65_HS1-834228961_62-HQ-83894_Section_6
Agency: FBI
Page 57
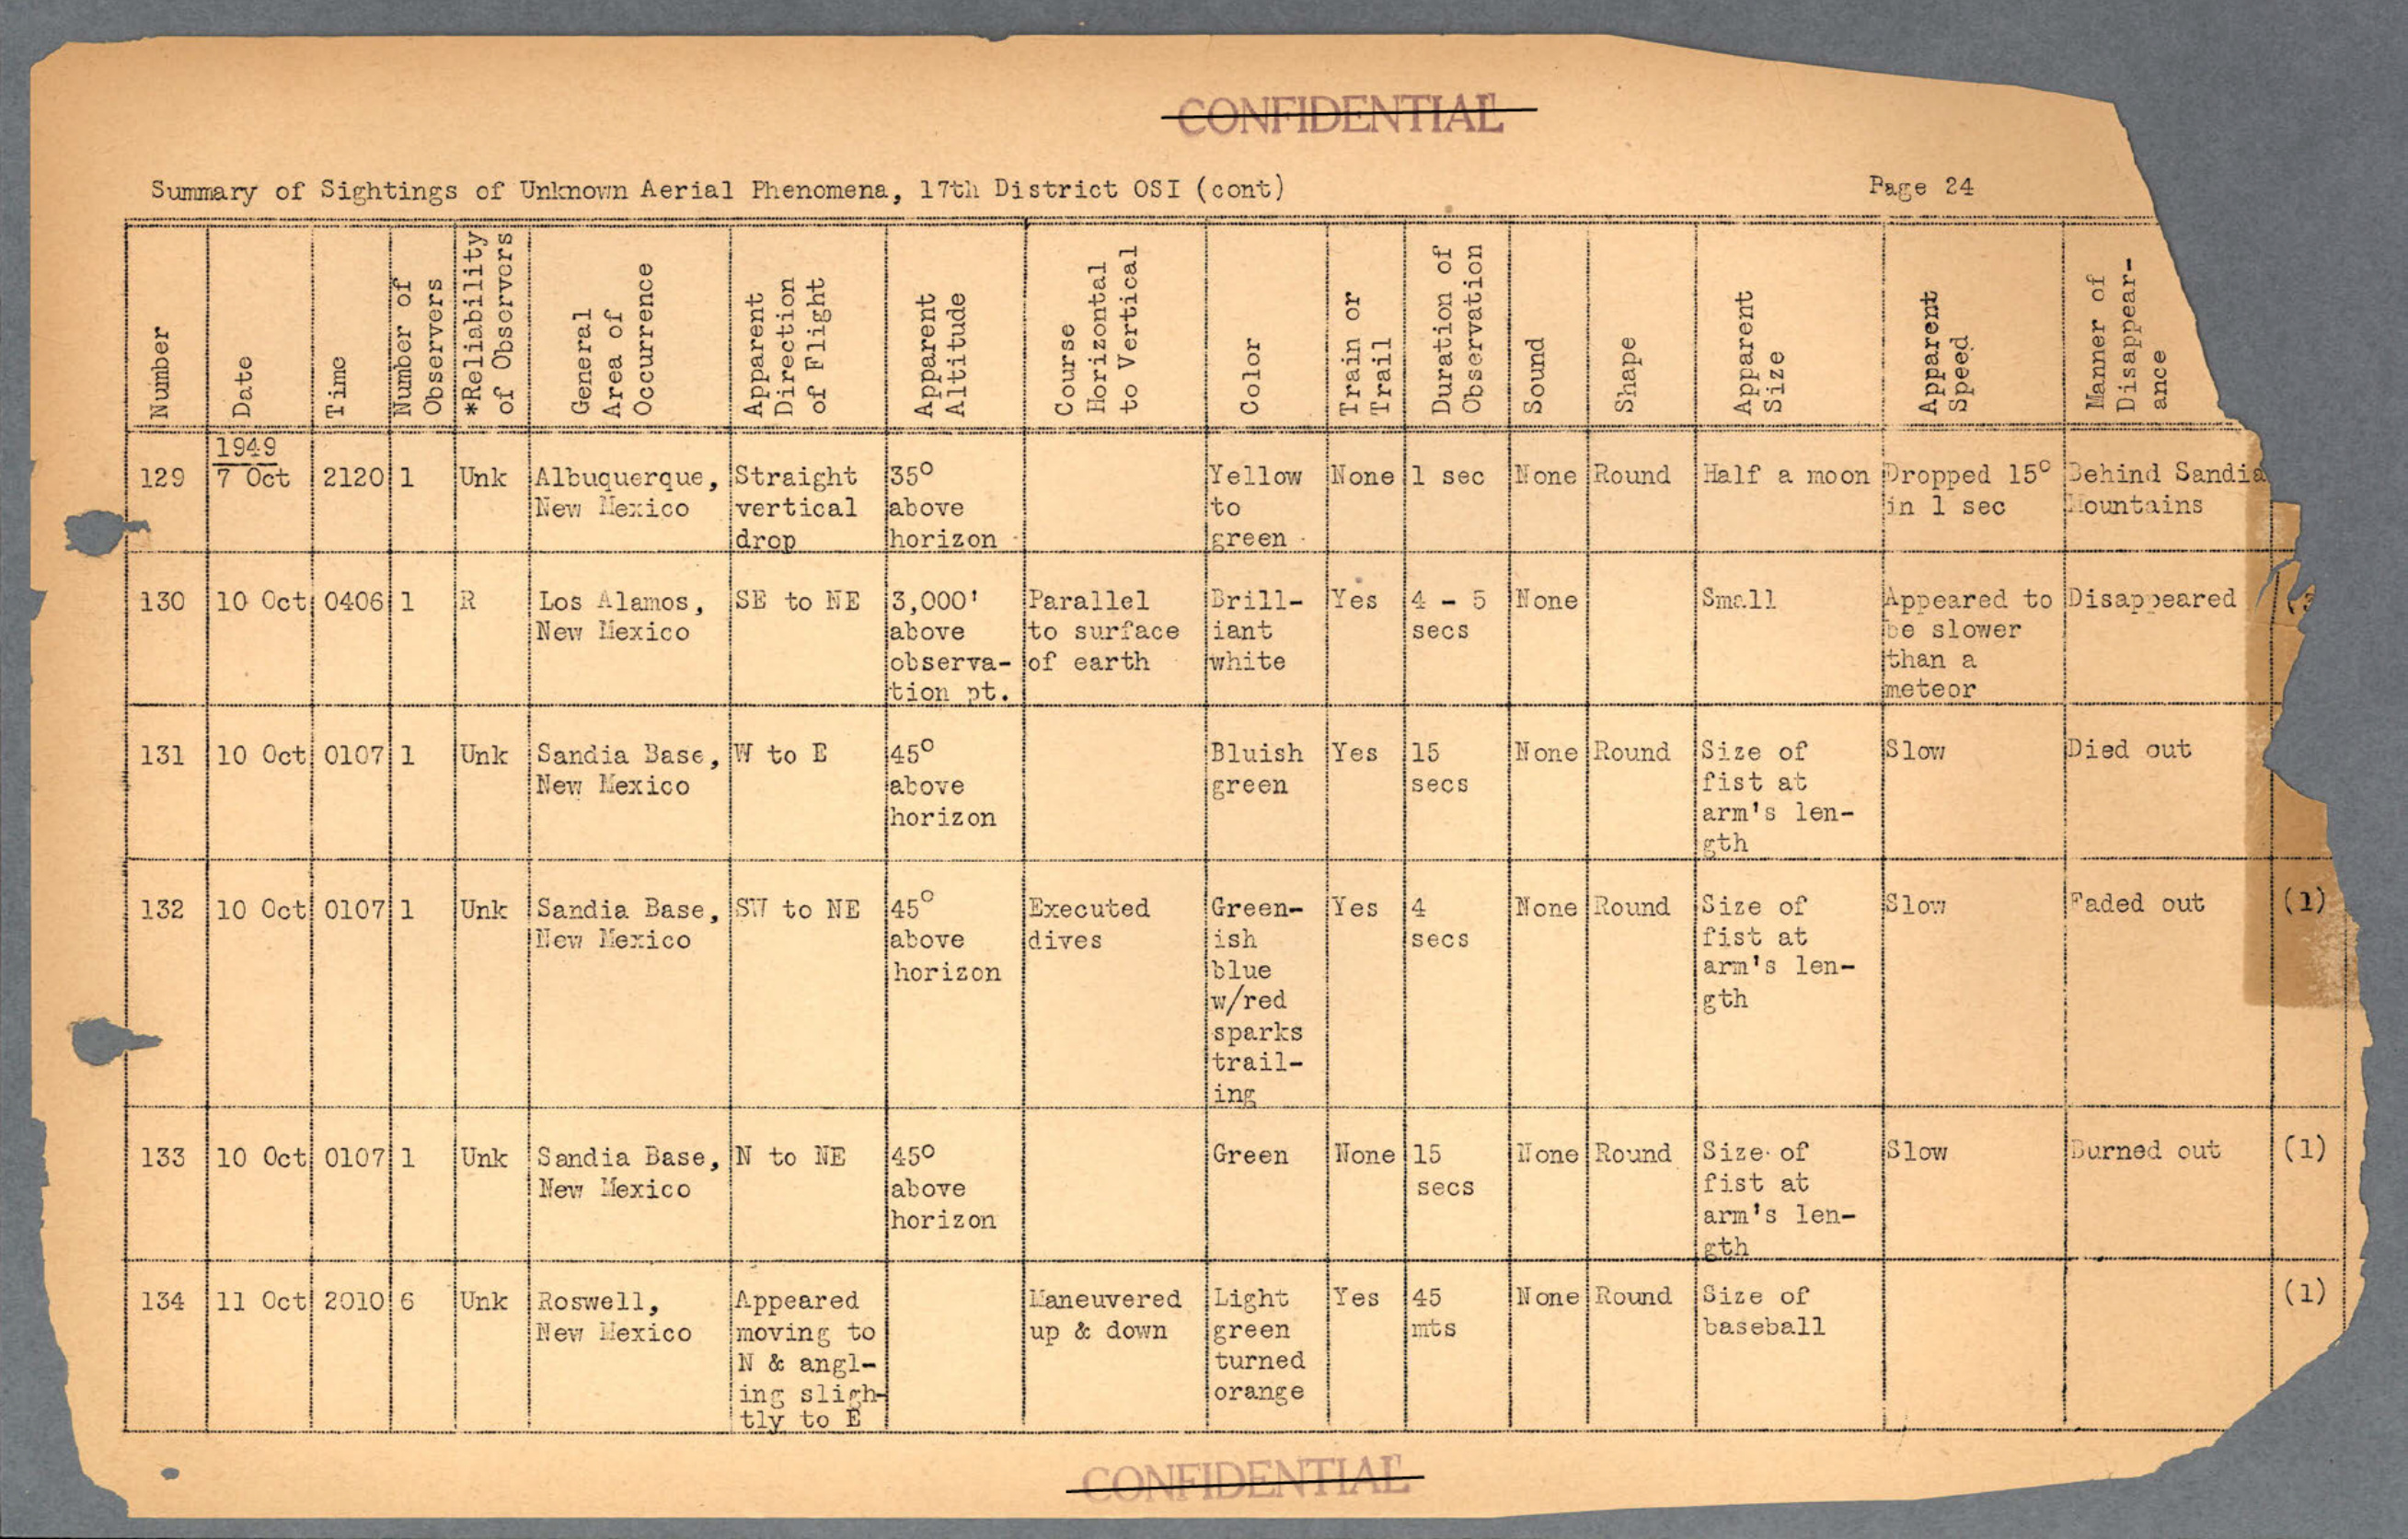